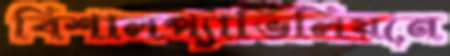
বিশালপ্যাভিলিয়নে